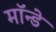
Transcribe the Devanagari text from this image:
मॉन्डे